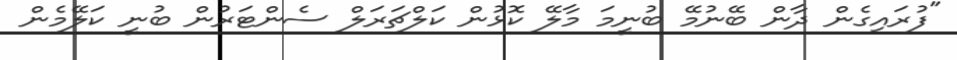
"ފުރައިގެން ދާން ބޭނުމޭ ބުނީމަ މާލޭ ކޮޅުން ކަލްޗަރަލް ސެންޓަރުން ބުނީ ކަލޭމެން